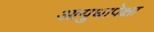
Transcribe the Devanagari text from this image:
आयुधापेक्षा